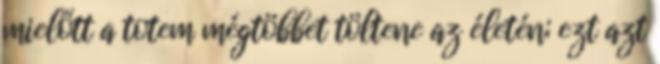
mielőtt a totem mégtöbbet töltene az életén; ezt azt